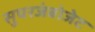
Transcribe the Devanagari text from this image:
सुपरजंबोजेट